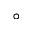
\circ